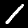
Label: 1